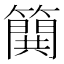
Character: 𰪝